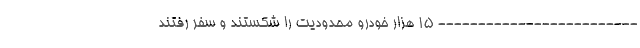
------------------------- 15 هزار خودرو محدودیت را شکستند و سفر رفتند